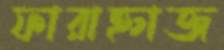
ফারাহ্নাজ